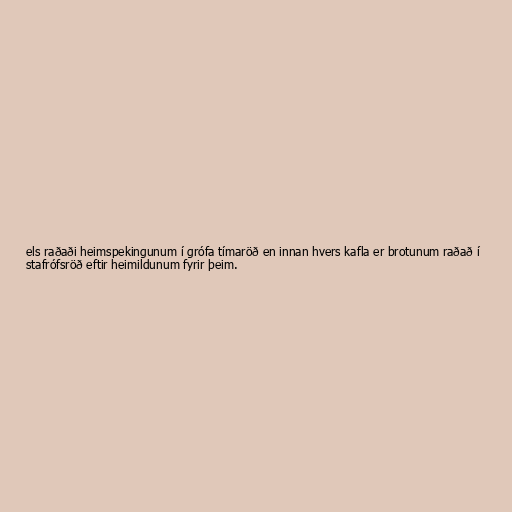
els raðaði heimspekingunum í grófa tímaröð en innan hvers kafla er brotunum raðað í
stafrófsröð eftir heimildunum fyrir þeim.